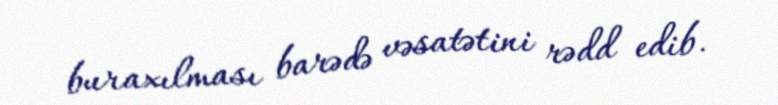
buraxılması barədə vəsatətini rədd edib.